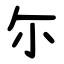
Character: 尓